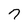
Character: 7